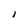
Character: I